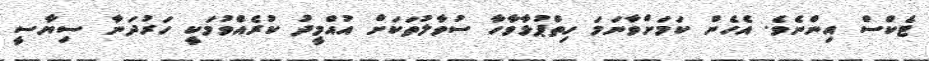
ޓެކްސް އިންނެވެ. އެހެން ކަމަށްވާނަމަ ހިތްޕުޅާވާހާ ސުވާލުތަކަށް އުއްމީދު ކުރެއްވުމަކީ ހަރުދަނާ ސިޔާސީ